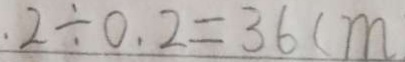
2 \div 0 . 2 = 3 6 c m